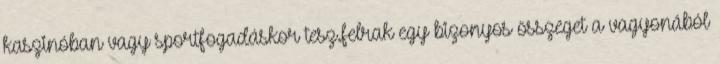
kaszinóban vagy sportfogadáskor tesz.felrak egy bizonyos összeget a vagyonából